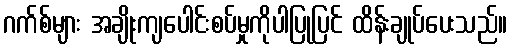
ဂက်စ်များ အချိုးကျပေါင်းစပ်မှုကိုပါပြုပြင် ထိန်းချုပ်ပေးသည်။